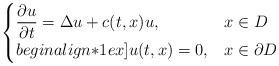
LaTeX: \begin{align*}\begin{cases}\displaystyle \frac{\partial u}{\partial t} = {\Delta} u + c(t,x) u, & x \in D\\begin{align*}1ex]u(t, x) = 0, & x \in \partial D\end{cases}\end{align*}